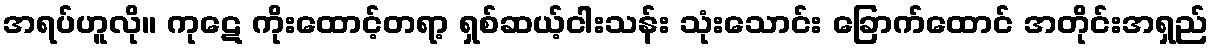
အရပ်ဟူလို။ ကုဋေ ကိုးထောင့်တရာ့ ရှစ်ဆယ့်ငါးသန်း သုံးသောင်း ခြောက်ထောင် အတိုင်းအရှည်